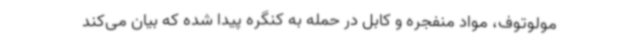
مولوتوف، مواد منفجره و کابل در حمله به کنگره پیدا شده که بیان می‌کند